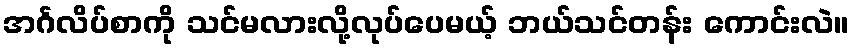
အင်္ဂလိပ်စာကို သင်မလားလို့လုပ်ပေမယ့် ဘယ်သင်တန်း ကောင်းလဲ။